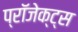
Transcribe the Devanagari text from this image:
प्रॉजेक्ट्स